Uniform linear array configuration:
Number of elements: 32
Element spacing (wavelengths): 0.5
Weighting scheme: uniform
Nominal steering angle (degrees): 45
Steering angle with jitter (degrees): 43.693
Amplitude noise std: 0.05
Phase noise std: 0.05

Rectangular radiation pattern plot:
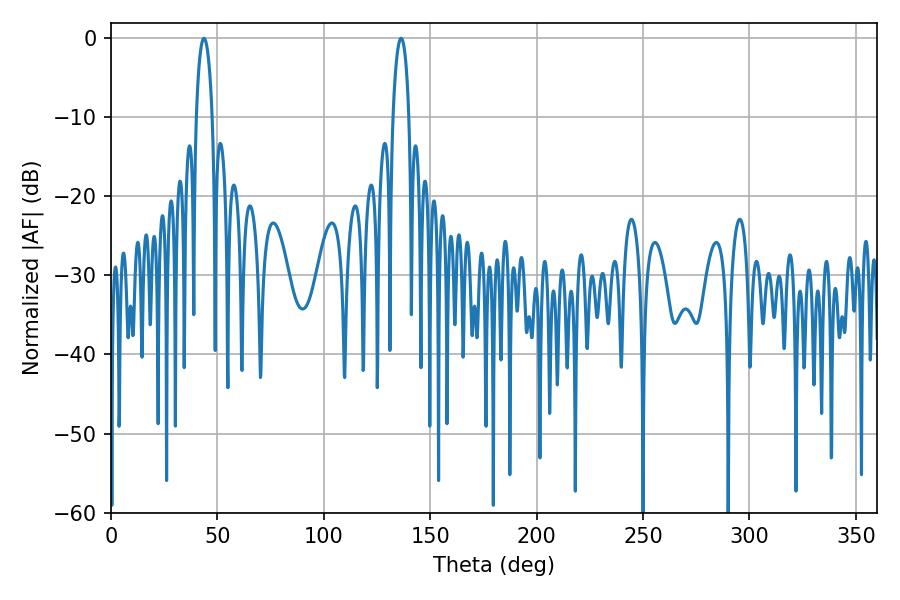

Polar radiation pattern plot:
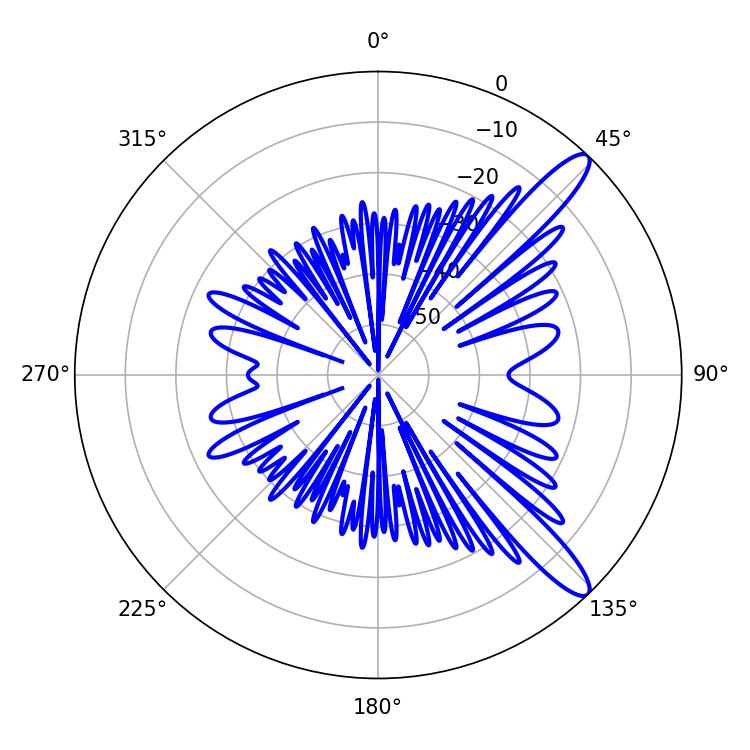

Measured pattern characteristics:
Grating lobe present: FALSE
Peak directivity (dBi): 12.299
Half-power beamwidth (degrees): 4.32
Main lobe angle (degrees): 43.74